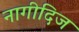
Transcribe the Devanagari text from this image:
नागीदिज